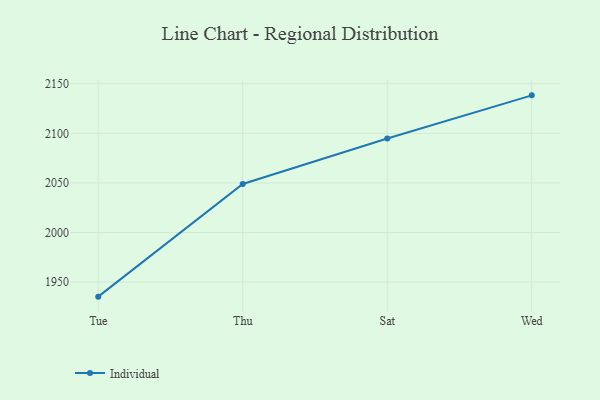
{"axis": {"x": "Day", "y": "Shipments"}, "legend": ["Individual"], "data": [{"x": "Tue", "y": 1935.3, "type": "Individual"}, {"x": "Thu", "y": 2048.9, "type": "Individual"}, {"x": "Sat", "y": 2094.8, "type": "Individual"}, {"x": "Wed", "y": 2138.3, "type": "Individual"}]}